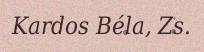
Kardos Béla, Zs.